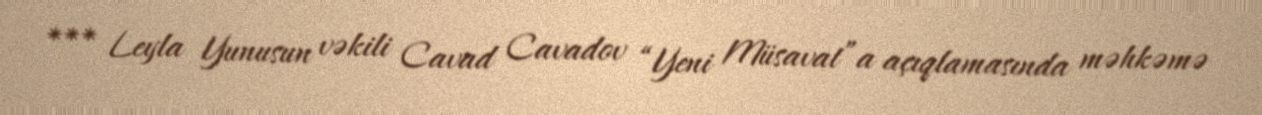
*** Leyla Yunusun vəkili Cavad Cavadov “Yeni Müsavat”a açıqlamasında məhkəmə